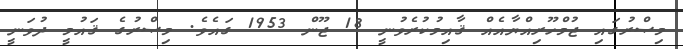
މިޞްރުގައި ޖުމްހޫރިއްޔާއެއް ޤާއިިމުކުރެވުނީ 18 ޖޫން 1953 ގައެވެ. މިޞްރުގެ ޤައުމީ ދުވަނީ